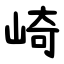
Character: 崎